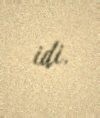
idi.